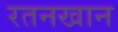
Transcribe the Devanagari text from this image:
रतनखान